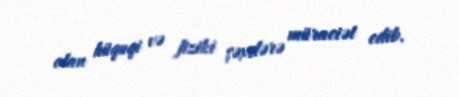
olan hüquqi və fiziki şəxslərə müraciət edib.